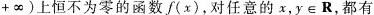
+ \infty)上恒不为零的函数f(x)，对任意的x，y \in R，都有